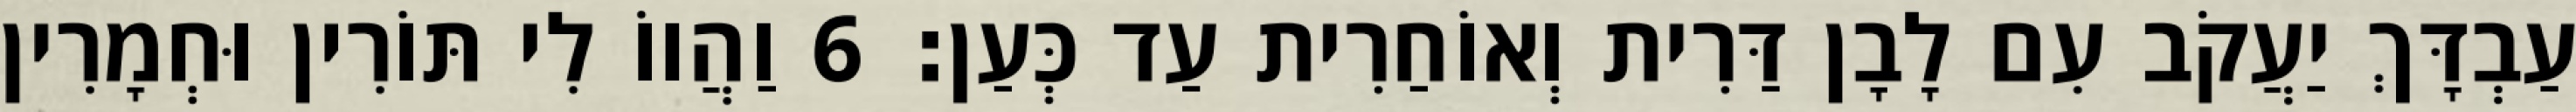
עַבְדָּךְ יַעֲקֹב עִם לָבָן דַּרִית וְאוֹחַרִית עַד כְּעַן׃ 6 וַהֲווֹ לִי תּוֹרִין וּחְמָרִין